Annual report of the Punjab Veterinary College and of the Civil Veterinary Department, Punjab - 1894-1908
Year: 1894
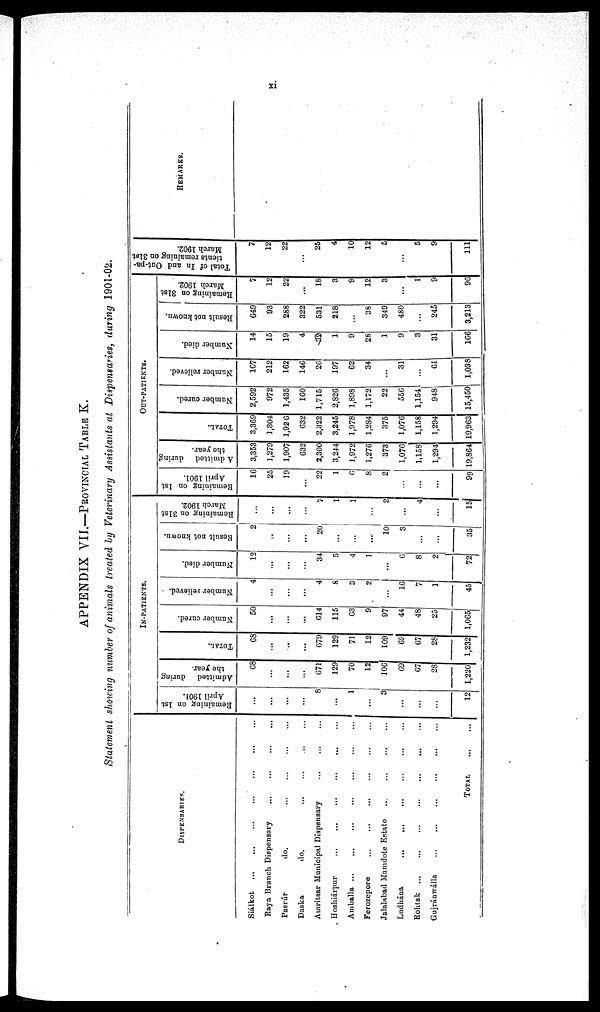
xi
APPENDIX VII.—PROVINCIAL TABLE K.
Statement showing number of animals treated by Veterinary Assistants at Dispensaries, during 1901-02.
DISPENSARIES.
Siálkot ... ... ... ... ... ... ...
Raya Branch Dispensary ... ... ... ... ... ... ...
Pasrúr
do. ... ... ... ... ... ... ...
Daska
do. ... ... ... ... ... ... ...
Amritsar Municipal Dispensary ... ... ... ... ... ... ...
Hoshiárpur ... ... ... ... ... ... ...
Amballa
...
...
...
...
...
...
...
Ferozepore ... ... ... ... ... ... ...
Jalalabad Mamdote Estate
. ... ... ... ... ... ... ...
Ludhána ... ... ... ... ... ... ...
Rohtak
...
...
...
...
...
...
...
Gujránwálla ... ... ... ... ...
TOTAL ... ...
IN-PATIENTS.
Remaining on 1st
April 1901.
...
...
...
...
8
...
1
...
3
...
...
...
12
Admitted
during
the year.
68
...
...
...
671
129
70
12
106
69
67
28
1,220
TOTAL.
68
...
...
...
679
129
71
12
109
69
67
28
1,232
Number cured.
50
...
...
...
614
115
63
9
97
44
48
25
1,065
Number relieved.
4
...
...
...
4
8
3
2
...
16
7
1
45
Number died.
12
...
...
...
34
5
4
1
...
6
8
2
72
Result not known.
2
...
...
...
20
...
...
...
10
3
...
...
35
Remaining
on 31st
March 1902.
...
...
...
...
7
1
1
...
2
...
4
...
15
OUT-PATIENTS.
Remaining on 1st
April 1901.
16
25
19
...
22
1
6
8
2
...
...
...
99
Admitted
during
the year.
3,353
1,279
1,907
632
2,300
3,244
1,972
1,276
373
1,076
1,158
1,294
19,864
TOTAL.
3,369
],304
1,926
632
2,322
3,245
1,978
1,284
375
1,076
1,158
1,294
19,963
Number cured.
2,592
972
1,435
160
1,715
2,820
1,898
1,172
22
556
1,154
948
15,450
Number relieved.
107
212
162
146
26
197
62
34
...
31
...
61
1,038
Number died.
14
15
19
4
32
1
9
28
1
9
3
31
166
Result not known.
649
93
288
322
531
218
...
38
349
480
...
245
3,213
Remaining on 31st
March 1902.
7
12
22
...
18
3
9
12
3
...
1
9
96
Total of In and Out-pa-
tients remaining on 31st
March 1902.
7
12
22
...
25
4
10
12
5
...
5
9
111
REMARKS.